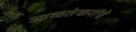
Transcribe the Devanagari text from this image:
आळतेकरांचे